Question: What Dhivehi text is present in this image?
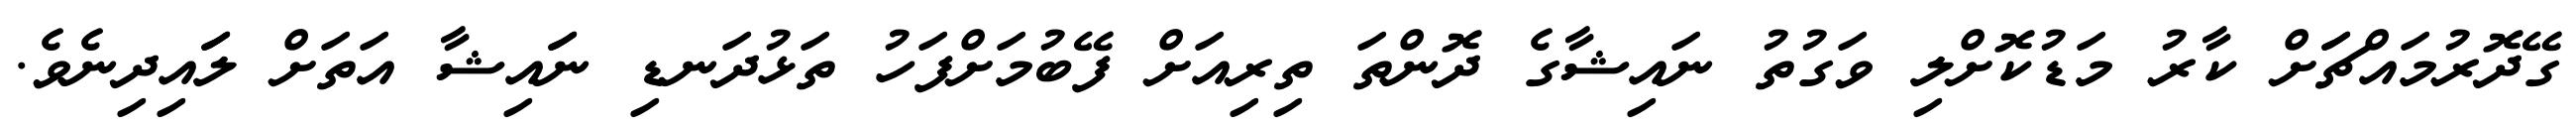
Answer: ގޭދޮރުމައްޗަަށް ކާރު މަޑުކޮށްލި ވަގުތު ނައިޝާގެ ދޮންތަ ތިރިއަށް ފޭބުމަށްފަހު ތަޅުދަނޑި ނަައިޝާ އަތަށް ލަައިދިނެވެ.